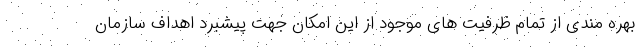
بهره مندی از تمام ظرفیت های موجود از این امکان جهت پیشبرد اهداف سازمان